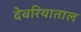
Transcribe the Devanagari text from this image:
देवरियाताल